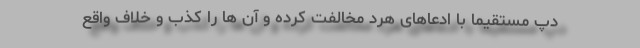
دپ مستقیماً با ادعاهای هرد مخالفت کرده و آن ها را کذب و خلاف واقع